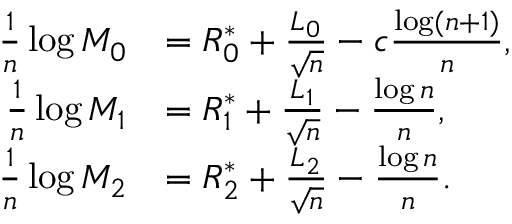
\begin{array} { r l } { \frac { 1 } { n } \log M _ { 0 } } & { = R _ { 0 } ^ { * } + \frac { L _ { 0 } } { \sqrt { n } } - c \frac { \log ( n + 1 ) } { n } , } \\ { \frac { 1 } { n } \log M _ { 1 } } & { = R _ { 1 } ^ { * } + \frac { L _ { 1 } } { \sqrt { n } } - \frac { \log n } { n } , } \\ { \frac { 1 } { n } \log M _ { 2 } } & { = R _ { 2 } ^ { * } + \frac { L _ { 2 } } { \sqrt { n } } - \frac { \log n } { n } . } \end{array}